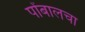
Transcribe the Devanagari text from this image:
पोंबालचा